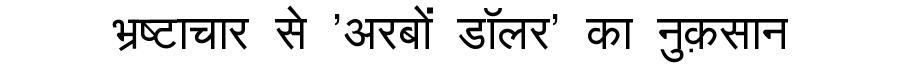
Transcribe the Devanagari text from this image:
भ्रष्टाचार से 'अरबों डॉलर' का नुक़सान